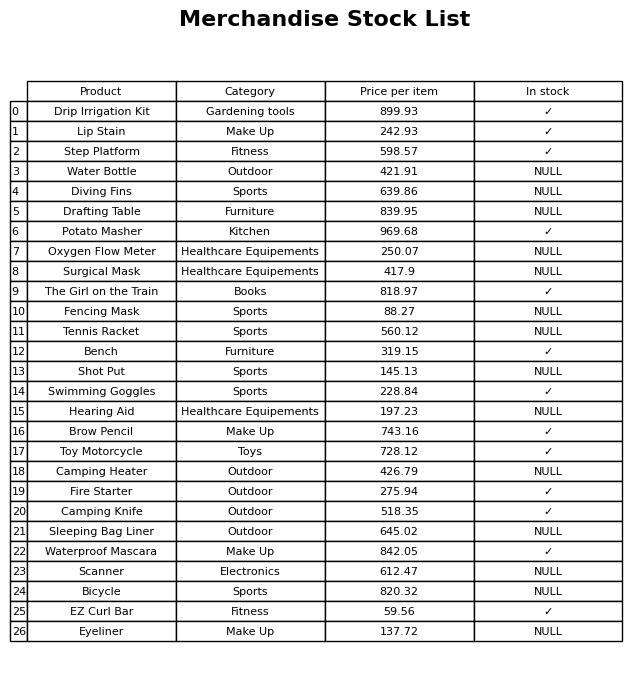
question: What category does the Lip Stain belong to?
answer: Make Up